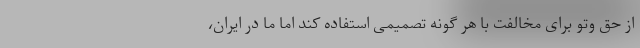
از حق وتو برای مخالفت با هر گونه تصمیمی استفاده کند اما ما در ایران،